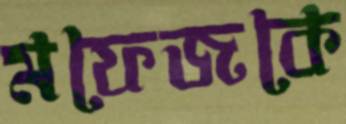
মফেজকে